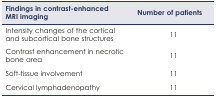
| Findings in contrast-enhanced MRI imaging | Number of patients |
 | --- | --- |
 | Intensity changes of the cortical and subcortical bone structures | 11 |
 | Contrast enhancement in necrotic bone area | 11 |
 | Soft-tissue involvement | 11 |
 | Cervical lymphadenopathy | 11 |